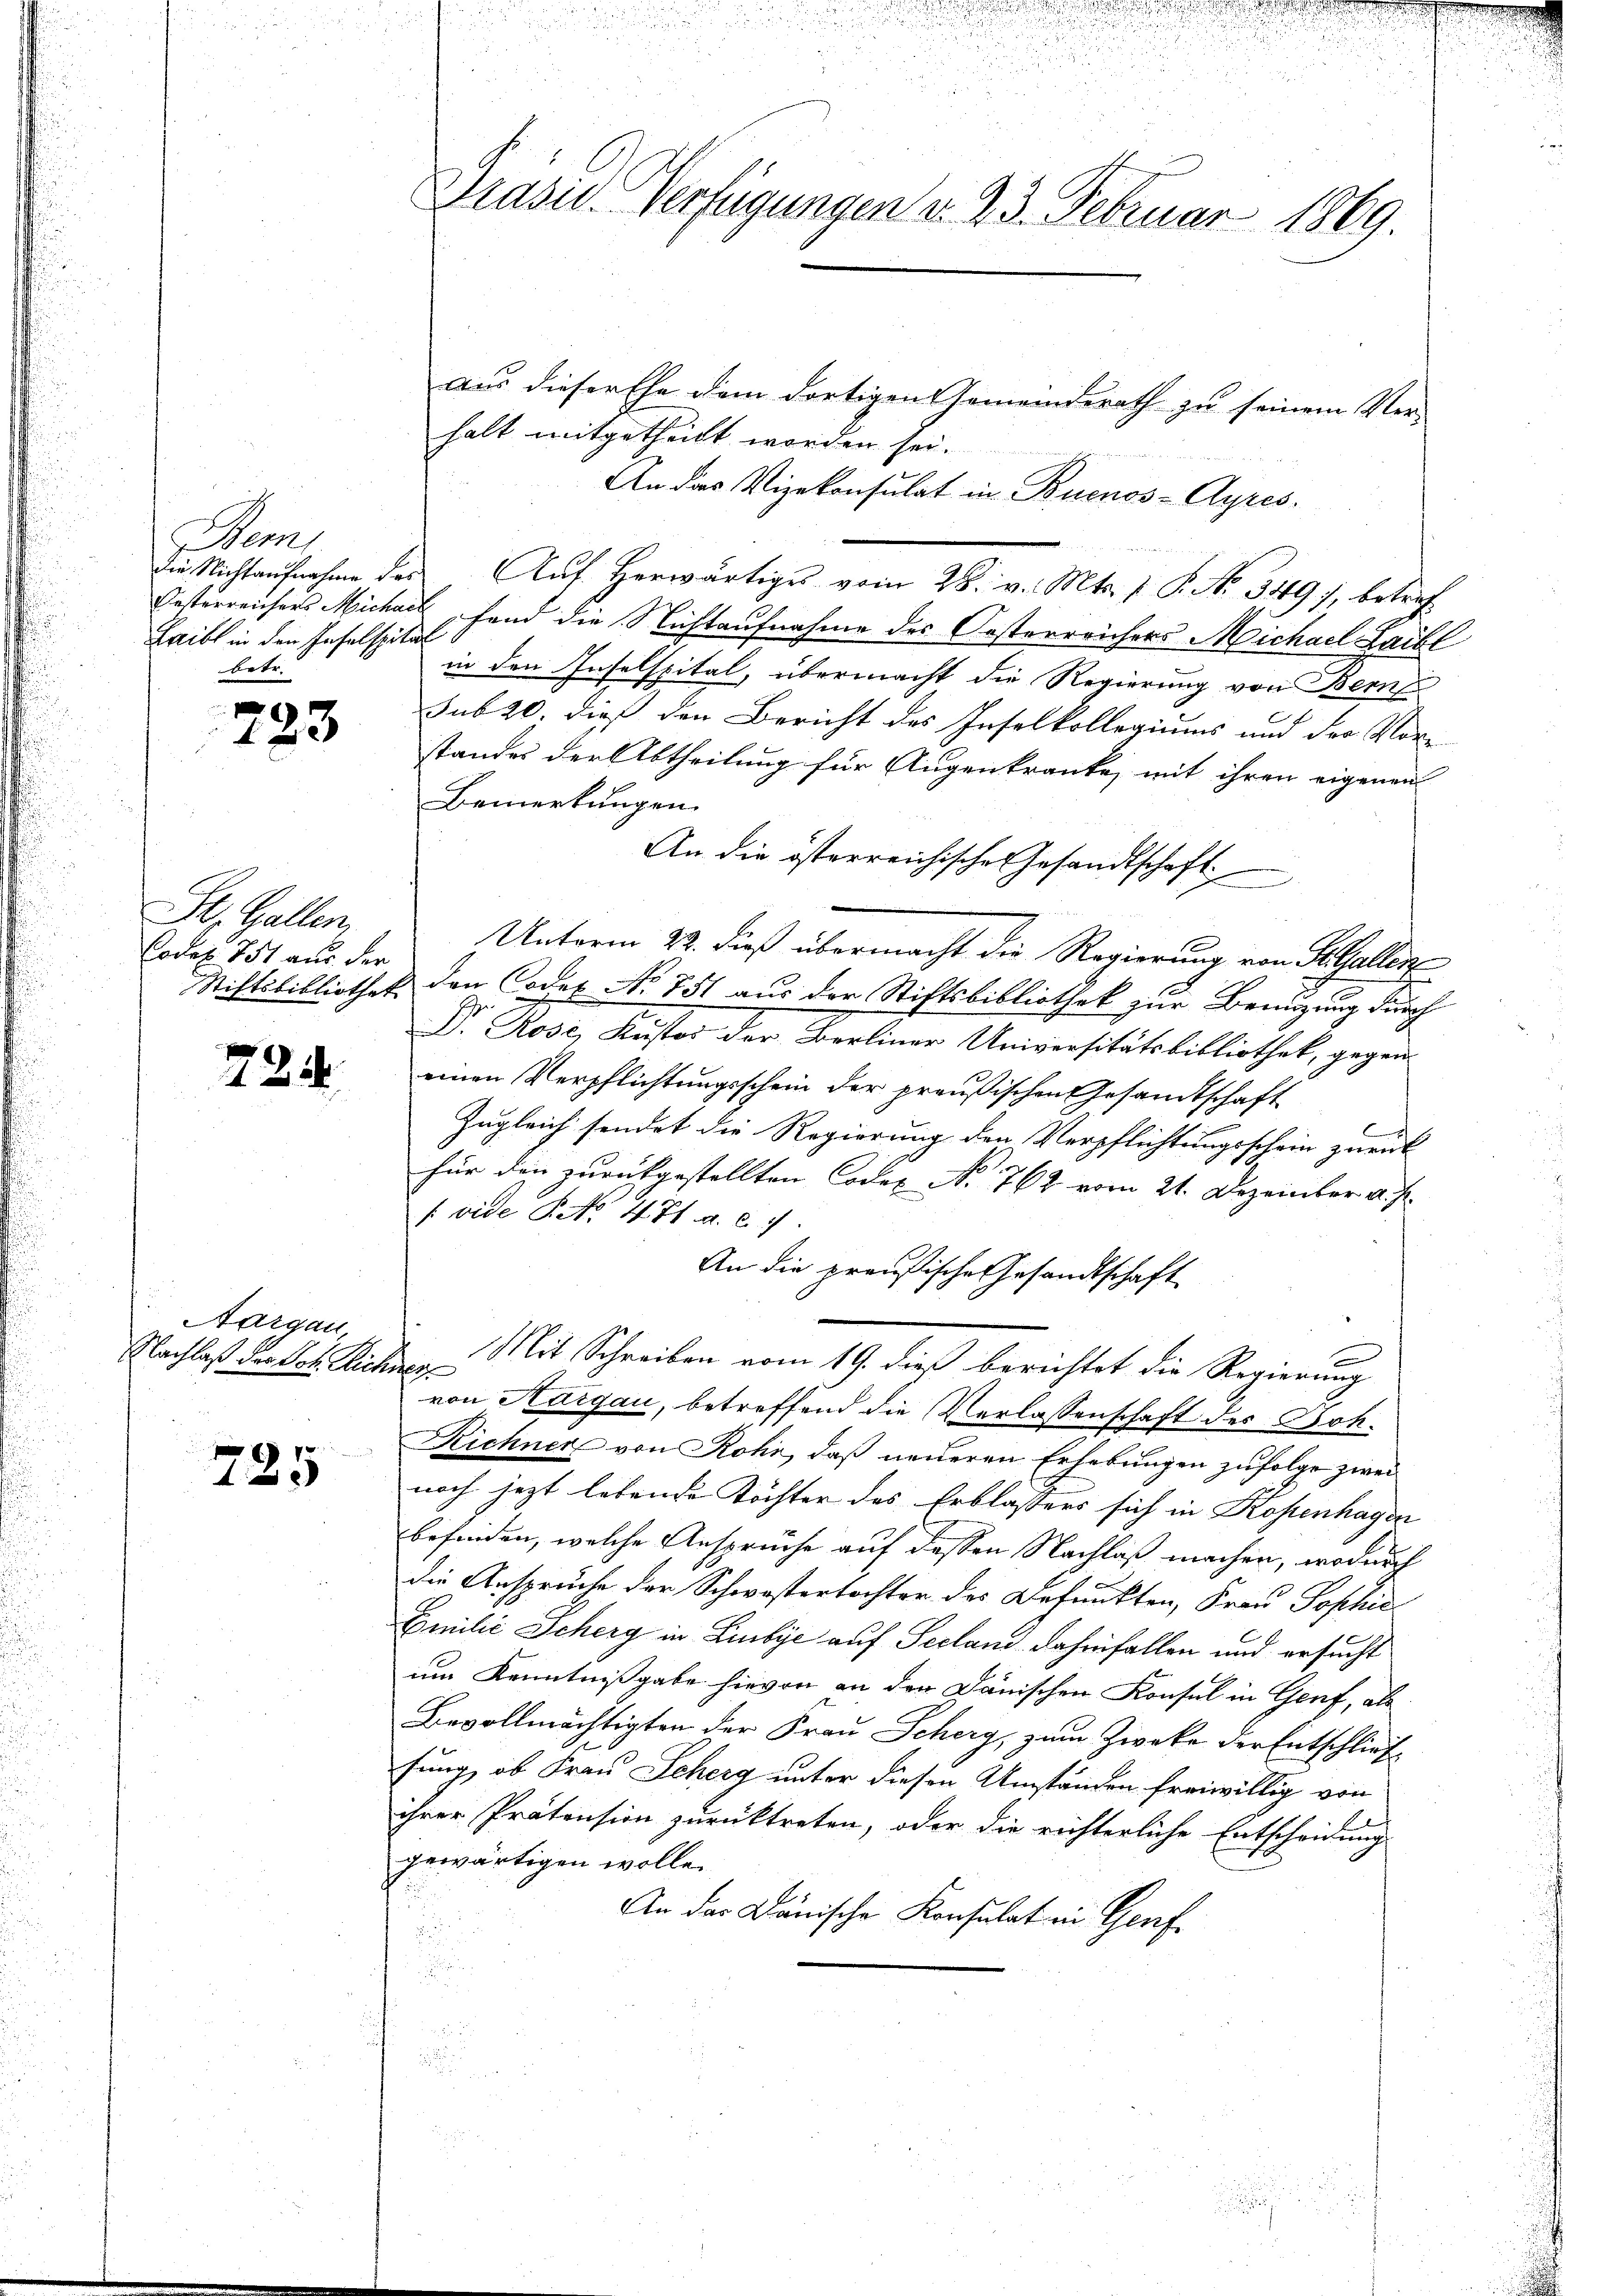
Bem
Laibl in den Infelspital
betr.

233

St. Gallen,
Codex. 751 aus der

731.

Aargau
Nachlaß der Joh. Richner

725

e

Präsid. Verfügungen v. 23. Februar 1869.

Aus dieser Ehe dem dortigen emeinderath zu seinem Ver-
halt mitgetheilt worden sei.
An das Vizekonsulat in Buenos-Ayres.
dDie Nichtaufnahme des Aŭf herwärtiges vom 28. v. Mts. f. P. Nr. 349), betref
Oesterreichers Michael, fand die Nichtaufnahme des Oesterreichers Michael Laibl
in den Inselspital, übermacht die Regierung von Bern
sub 20. dieß den Bericht des Inselkollegiums und der Vor-
standes der Abtheilung für Augenkranke, mit ihren eigenen
Bemerkungen
An die österreichische Gesandtschaft
Unterm 22. dieß übermacht die Regierung von St. Gallen
Stiftsbibliothek den Codes No 751 aus der Stiftsbibliothek zur Bemühung durch
Ze
D. Rosi, Kustos der Berliner Universitätsbibliothek, gegeneinen Verpflichtungsschein der preußischen Gesandtschaft
C
Zugleich sendet die Regierung den Verpflichtungsschein zurück
für den zurückgestellten Codes No 762 vom 21. Dezember v. J.
 vide P. No. 471. a. c.
An die preußische Gesandtschaft
e
Mit Schreiben vom 19. dieß berichtet die Regierung
von Hargau, betreffend die Verlassenschaft der Boh¬
Richner von Rohr, daß neueren Erhebungen zufolge zwei
noch jetzt lebende Töchter des Erblassers sich in Kostenhagen
befinden, welche Ansprüche auf dessen Nachlaß machen, wodurch
die Ansprüche der Schwistertochter des Befunkten, Frau Sophie
Emilie Scherg in Libye auf Seeland dahinfallen und ersucht
um Kenntnißgabe hievon an den Dänischen Konsul in Genf, als
Bevollmächtigten der Frau Scherg, zum Zwecke der Entschließ
sung, ob Frau Scherg unter diesen Umständen freiwillig von
ihrer Prätension zurücktreten, oder die richterliche Entscheidung
gewärtigen wolle.
An der Dänische Konsulat in Genfs
.

.
s